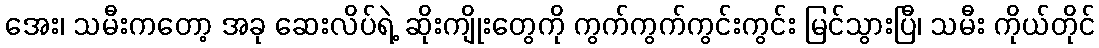
အေး၊ သမီးကတော့ အခု ဆေးလိပ်ရဲ့ ဆိုးကျိုးတွေကို ကွက်ကွက်ကွင်းကွင်း မြင်သွားပြီ၊ သမီး ကိုယ်တိုင်